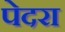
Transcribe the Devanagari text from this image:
पेदरा